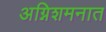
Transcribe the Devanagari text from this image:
अग्निशमनात